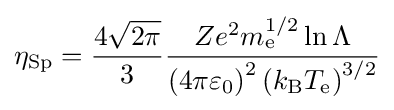
\eta _{\rm {Sp}}={\frac {4{\sqrt {2\pi }}}{3}}{\frac {Ze^{2}m_{\text{e}}^{1/2}\ln \Lambda }{\left(4\pi \varepsilon _{0}\right)^{2}\left(k_{\text{B}}T_{\text{e}}\right)^{3/2}}}